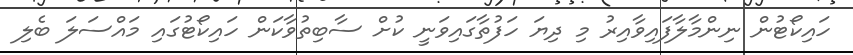
ހައިކޯޓުން ނިންމާލާފައިވާއިރު މި ދިޔަ ހަފުތާގައިވަނީ ކުށް ސާބިތުވާކަން ހައިކޯޓުގައި މައްސަލަ ބެލި